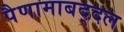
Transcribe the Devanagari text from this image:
पैणामाबद्दल